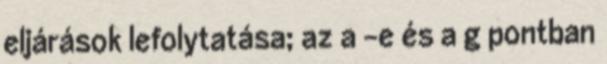
eljárások lefolytatása; az a –e és a g pontban